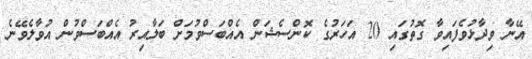
އޭނާ ވިދާޅުވެފައިވާ ގޮތުގައި 20 އަހަރުގެ ކޮންސެޝަން އެއްބަސްވުމަށް ބަލާއިރު އެއްބަސްވުން އުވާލެވޭނެ